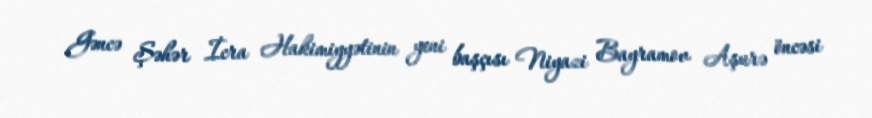
Gəncə Şəhər İcra Hakimiyyətinin yeni başçısı Niyazi Bayramov Aşurə öncəsi